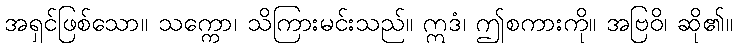
အရှင်ဖြစ်သော။ သက္ကော၊ သိကြားမင်းသည်။ ဣဒံ၊ ဤစကားကို။ အဗြဝိ၊ ဆို၏။